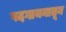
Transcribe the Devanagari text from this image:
पदगायनातून